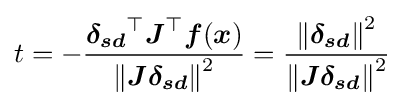
t=-{\frac {{\boldsymbol {\delta _{sd}}}^{\top }{\boldsymbol {J}}^{\top }{\boldsymbol {f}}({\boldsymbol {x}})}{\left\|{\boldsymbol {J}}{\boldsymbol {\delta _{sd}}}\right\|^{2}}}={\frac {\left\|{\boldsymbol {\delta _{sd}}}\right\|^{2}}{\left\|{\boldsymbol {J}}{\boldsymbol {\delta _{sd}}}\right\|^{2}}}